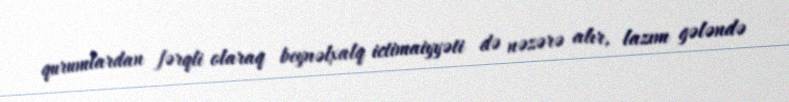
qurumlardan fərqli olaraq beynəlxalq ictimaiyyəti də nəzərə alır, lazım gələndə